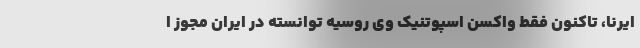
ایرنا، تاکنون فقط واکسن اسپوتنیک وی روسیه توانسته در ایران مجوز ا